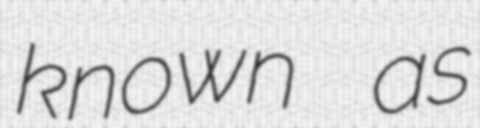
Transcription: known as